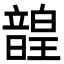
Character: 韹